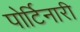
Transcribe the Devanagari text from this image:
पोर्टिनारी